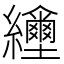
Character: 𦇲